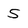
Character: 5